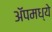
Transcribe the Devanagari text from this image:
ॲपमध्ये